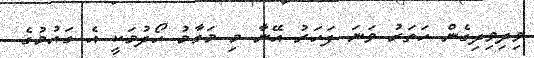
ވިދިވިދިގެން ހަތަރު ވަނަ ފަހަރު އޭނާ މި މަގާމު ހޯދުމަކީ އެ ގައުމުގެ